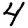
Digit: 4